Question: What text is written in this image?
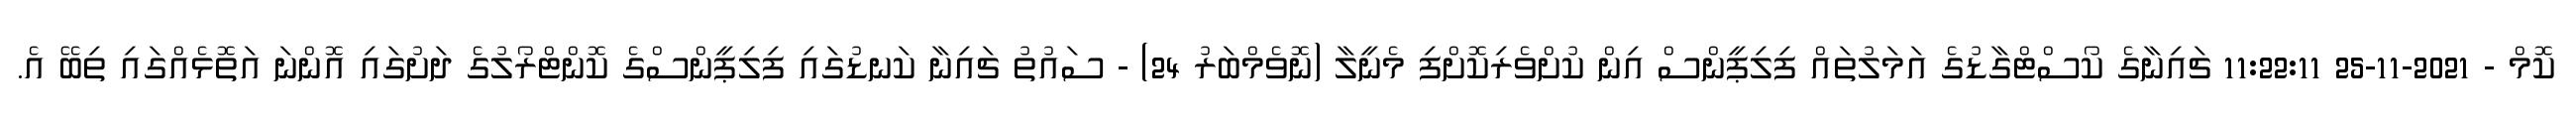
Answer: ކޮމް - 2021-11-25 11:22:11 ޗައިނާގެ ކޯސްޓްގާޑުގެ އަމަލުތައް ފިލިޕީންސް އިން ކުށްވެރިކޮށްފި މެނީލާ (ނޮވެމްބަރު 24) - ސައުތު ޗައިނާ ކަނޑުގައި ފިލިޕީންސްގެ ކޮންޓްރޯލުގެ ދަށުގައި އޮންނަ އަތޮޅެއްގައި ތިބޭ އެ.